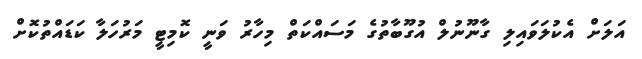
އަލަށް އެކުލަވައިލި ގާނޫނުލް އުގޫބާތުގެ މަސައްކަތް މިހާރު ވަނީ ކޮމިޓީ މަރުހަލާ ކަޑައްތުކޮށް